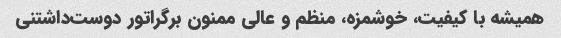
همیشه با کیفیت، خوشمزه، منظم و عالی ممنون برگراتور دوست‌داشتنی